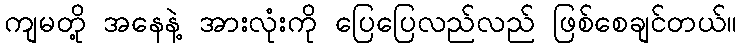
ကျမတို့ အနေနဲ့ အားလုံးကို ပြေပြေလည်လည် ဖြစ်စေချင်တယ်။